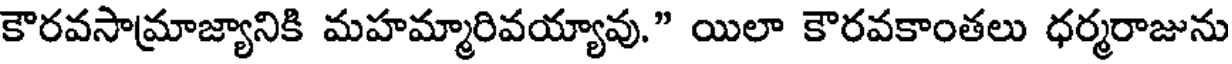
కౌరవసామ్రాజ్యానికి మహమ్మారివయ్యావు." యిలా కౌరవకాంతలు ధర్మరాజును